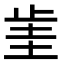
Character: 𣥮